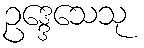
ဥဒ္ဒေသေသု